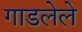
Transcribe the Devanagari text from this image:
गाडलेले